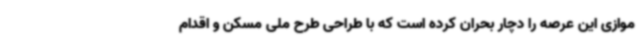
موازی این عرصه را دچار بحران کرده است که با طراحی طرح ملی مسکن و اقدام